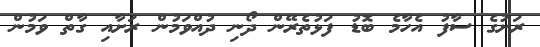
ރަށުގެ ސާފު އެހާމެ ބޮޑު ފަޅުތެރޭން ދޯނި ދުއްވަމުން ރަށާއި ގާތް ވަމުން